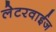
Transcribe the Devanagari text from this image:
लेटरवाईज